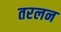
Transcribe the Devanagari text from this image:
तरलन